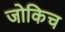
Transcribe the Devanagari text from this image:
जोकिच